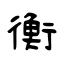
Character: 衡